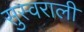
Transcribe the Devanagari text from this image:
सुस्वराली